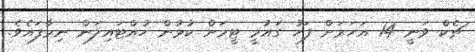
ޗެކް ވަނީ 14 އަަހަރަށް ފަހު ގައުމީ ޓީމަށް ކުޅުން ހުއްޓައިލަން ނިމާފައެވެ.